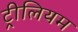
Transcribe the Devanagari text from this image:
ट्रीलियम